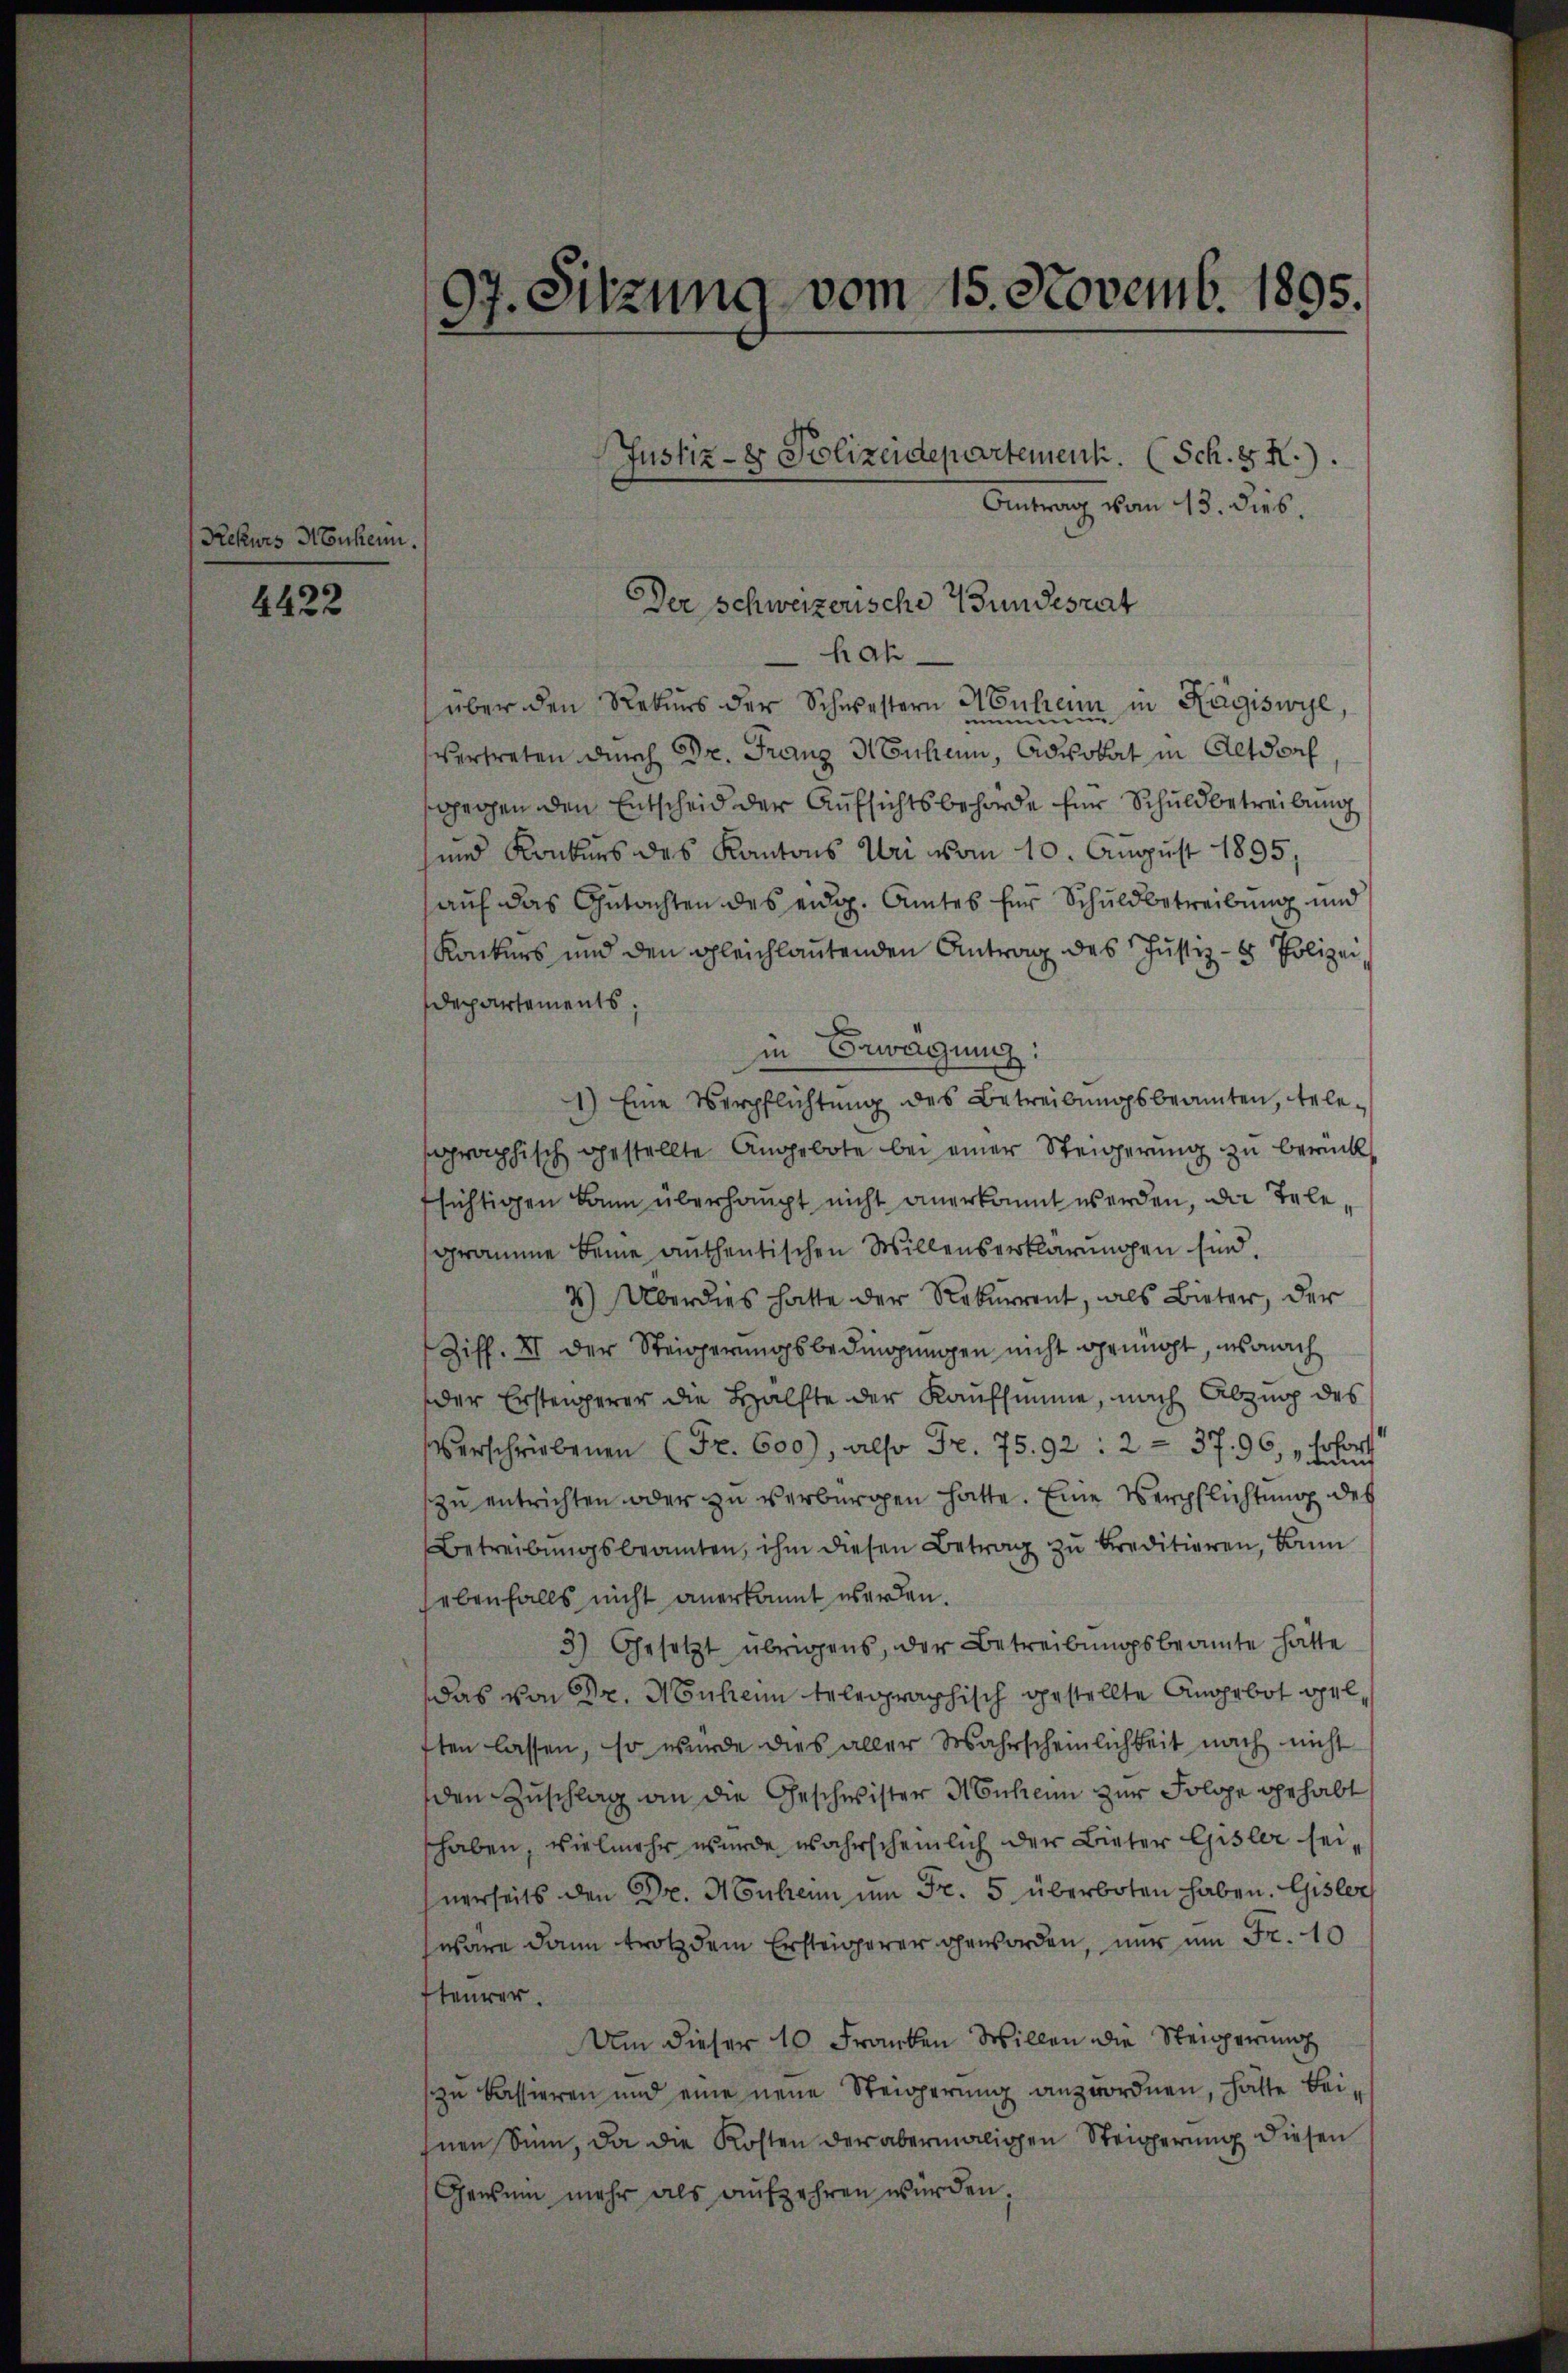
Rekurs Neukern.

4422

97. Sitzung vom 15. Novemb. 1895.

Antrag vom 13. Dieb.
hah.
über den Rekurs der Schwestern Menheim in Ragiswyl,
vertreten durch Dr. Franz Meuchen, Advokat in Altdorf
ogegen den Entscheid der Aufsichtsbehörde für Schuldbetreibung
und Konkurs des Kantons Uri vom 10. August 1895,
auf das Gutachten des eidg. Amtes für Schuldbetreibung und
Konkurs und den gleichlautenden Antrag des Justiz- & Polizei
Departements,
in Erwägung:
1) Eine Verpflichtung des Betreibungsbeamten, telesographisch gestellte Angebote bei einer Steigerung zu berück
fsichtigen kann überhaupt nicht anerkannt werden, die Telegramme keine anthentischen Willenserklärungen sind.
4) Überdies hatte der Rekurrent, als Bieter, der
Ziff. XII der Steigerungsbedingungen nicht genügt, sonach
der Erstenperer die Hälfte der Kaufsumme, nach Abzug des
Verschriebenen (Fr. 600), also Fr. 75. 92: 2 = 37. 96, „sofort
zu entrichten oder zu verbürgen hatte. Eine Verpflichtung des
Betreibungsbeamten, ihm diesen Betrag zu bereditieren, kann
ebenfalls nicht anerkannt werden.
3) Gesetzt übrigens, der Betreibungsbeamte hätte
das von Dr. Mnhann telegraphisch gestellte Angebot gelften lassen, so wurde dies aller Wahrscheinlichkeit nach nicht
den Zuschlag an die Geschwister Mönchen zur Folge gehabt
shaben, vielmehr wurde wahrscheinlich der Bieter Gisler seinerseits den Dr. Muheim um Fr. 5 überboten haben. Gislers
wäre dann trotz dem Ersteigerer geworden, nur um Fr. 10
teurer.
Um dieser 10 Franken Willen die Steigerung
zu kassieren und eine neue Steigerung anzuordnen, hatte beihnen Sinn, da die Kosten der abermaligen Steigerung diesen
Gemein mehr als aufzehren wurden.

Der Schweizerische Wundesrat

Justiz- & Polizeidepartement. (Sch. 8 K.).